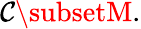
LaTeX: \mathcal{C}\subsetM.